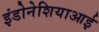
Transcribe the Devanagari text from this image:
इंडोनेशियाआई